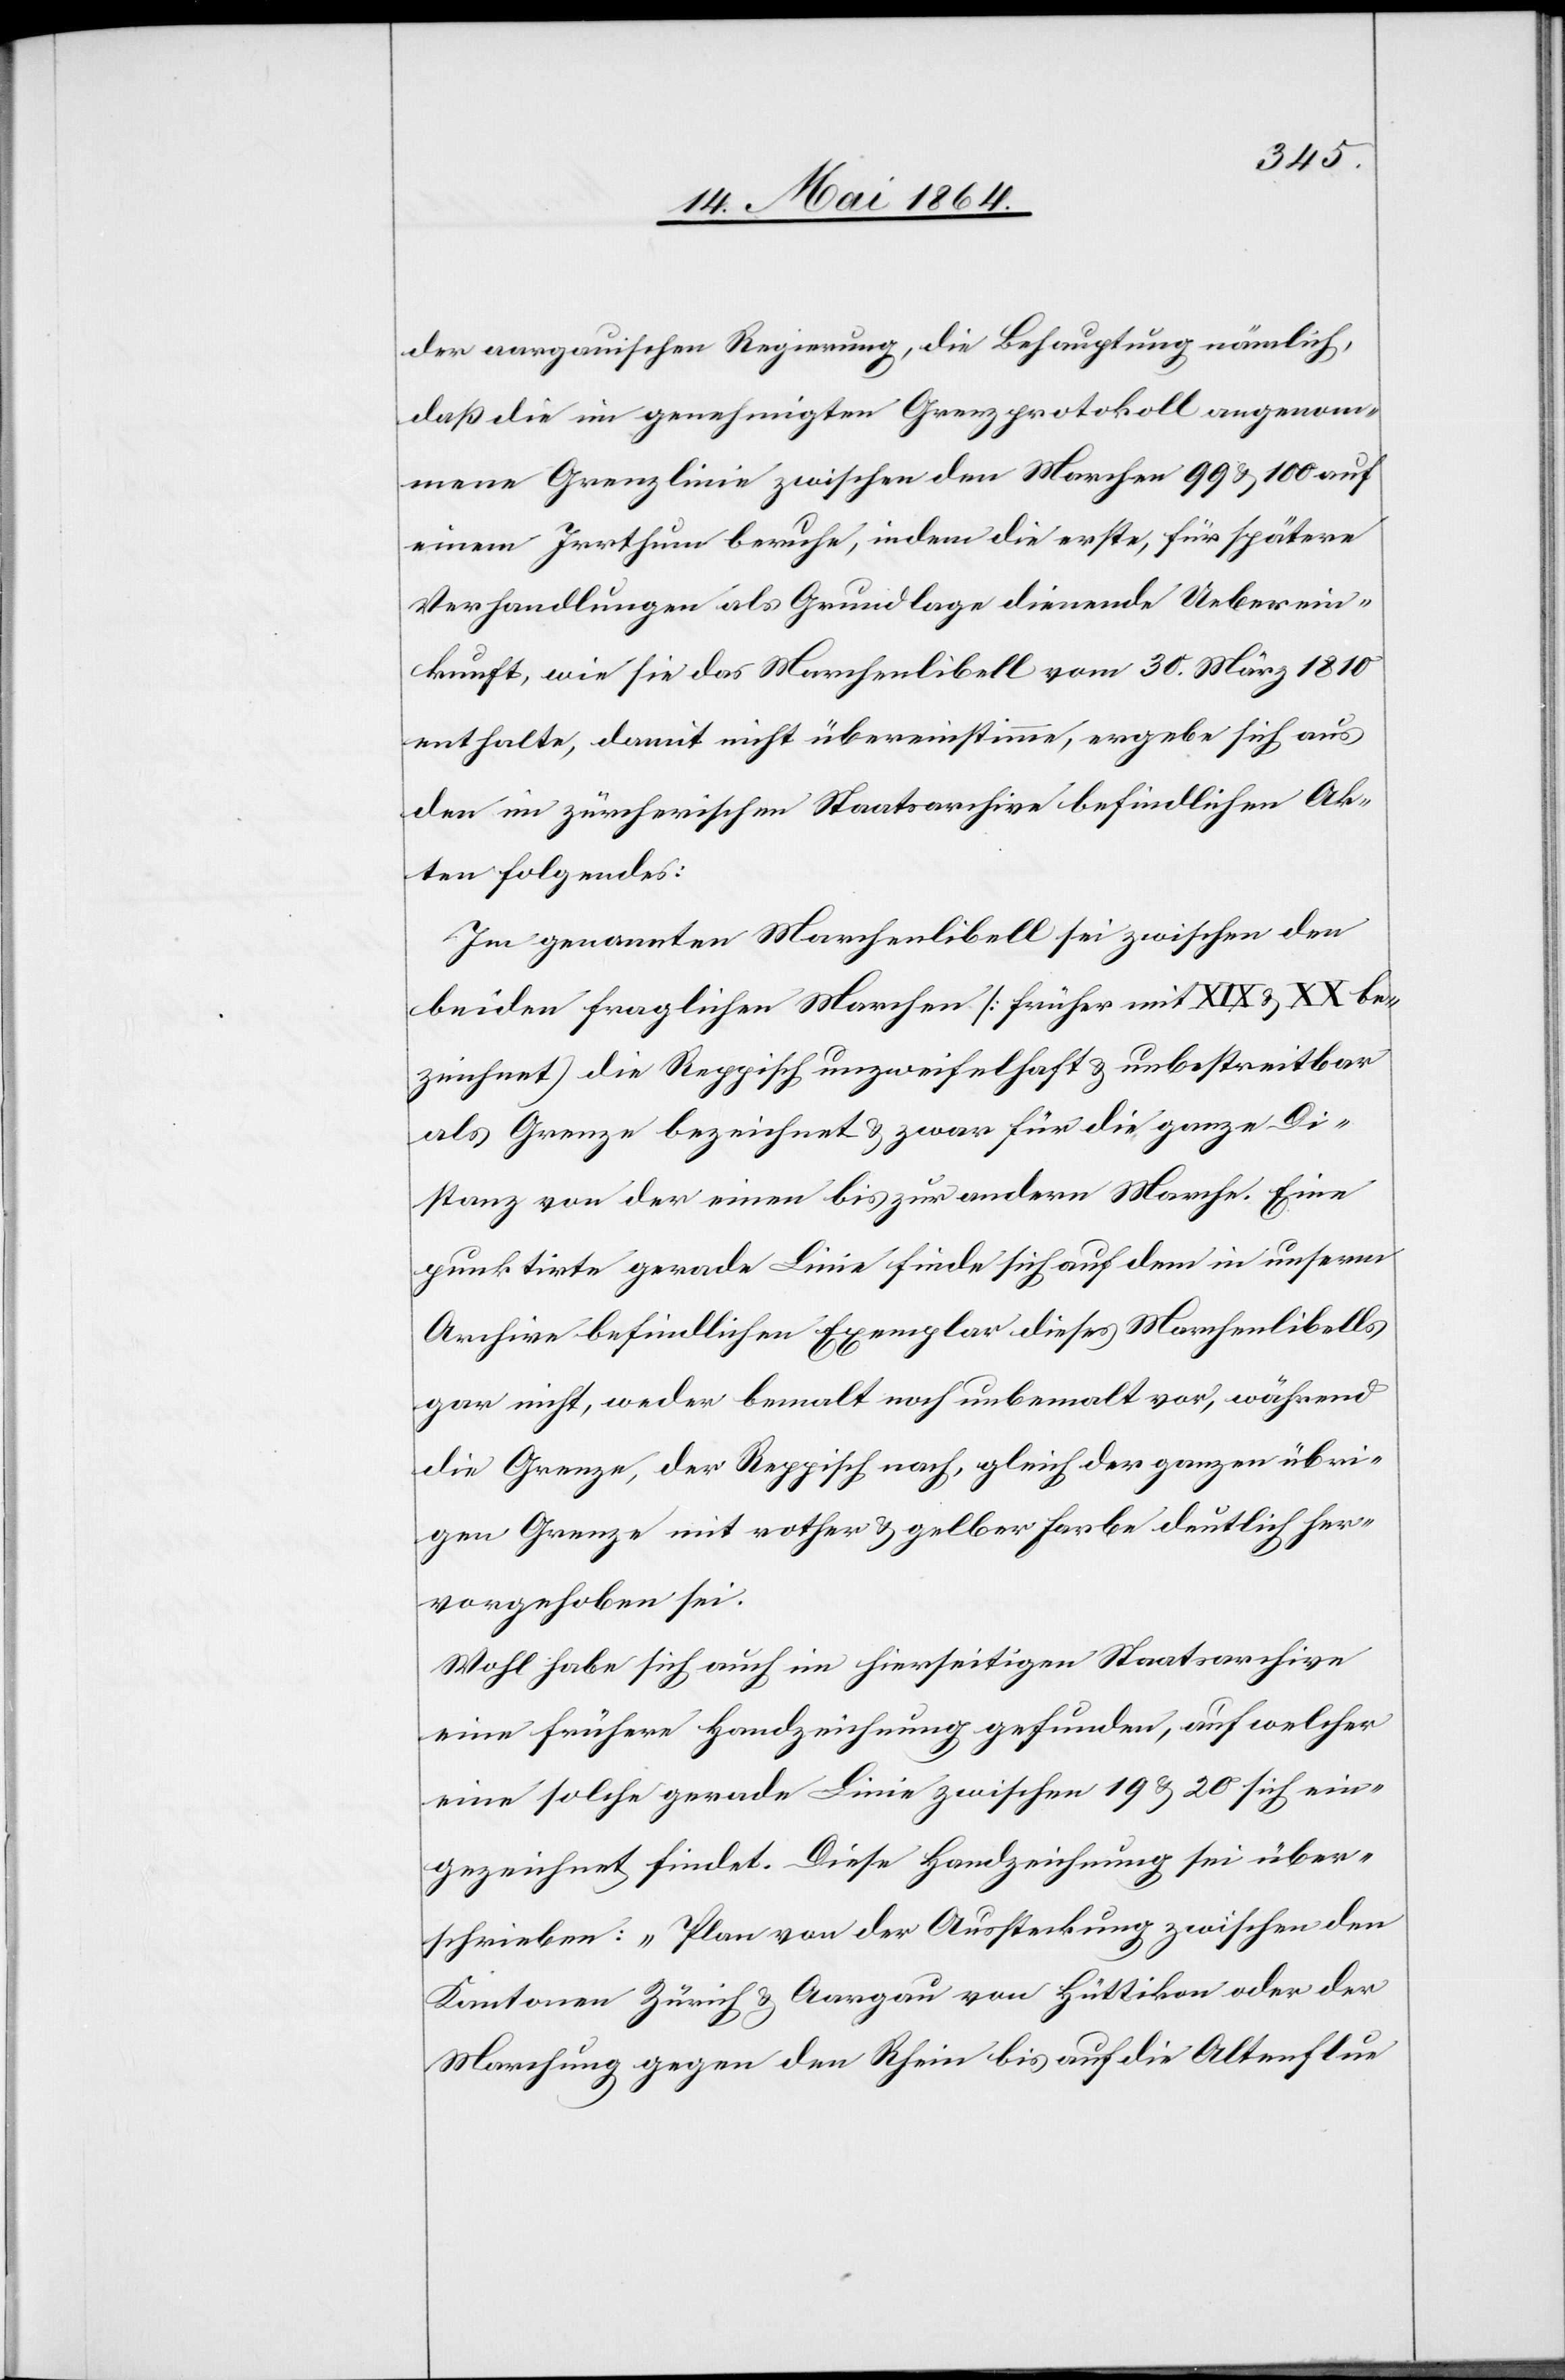
der aargauischen Regierung, die Behauptung nämlich,
daß die im genehmigten Grenzprotokoll angenom¬
mene Grenzlinie zwischen den Marchen 99 u. 1000 auf
einem Irrthum beruhe, indem die erste, für spätere
Verhandlungen als Grundlage dienende Ueberein¬
kunft, wie sie das Marchenlibell vom 30. März 1810
enthalte, damit nicht übereinstimme, ergebe sich aus
den im zürcherischen Staatsarchive befindlichen Ak¬
ten folgendes:
Im genannten Marchenlibell sei zwischen den
beiden fraglichen Marchen [früher mit XIX u. XX be¬
zeichnet) die Reppisch unzweifelhaft u. unbestreitbar
als Grenze bezeichnet u. zwar für die ganze Di¬
stanz von der einen bis zur andern Marche. Eine
punktirte gerade Linie finde sich auf dem in unserm
Archive befindlichen Exemplar dieses Marchenlibells
gar nicht, weder bemalt noch unbemalt vor, während
die Grenze, der Reppisch nach, gleich der ganzen übri¬
gen Grenze mit rother u. gelber Farbe deutlich her¬
vorgehoben sei.
Wohl habe sich auch im hierseitigen Staatsarchive
eine frühere Handzeichnung gefunden, auf welcher
eine solche gerade Linie zwischen 19 u. 20 sich ein¬
gezeichnet findet. Diese Handzeichnung sei über¬
schrieben: „Plan von der Aussteckung zwischen den
Kantonen Zürich u. Aargau von Hüttikon oder der
Marchung gegen den Rhein bis auf die Altenflue